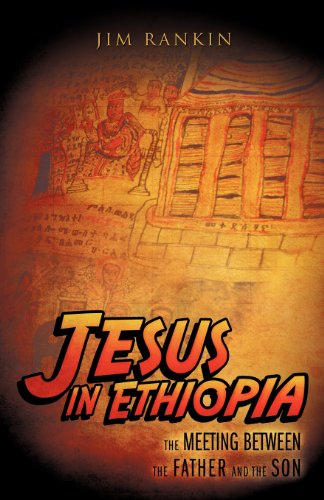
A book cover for Jesus: In Ethiopia; Jim Rankin; Travel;